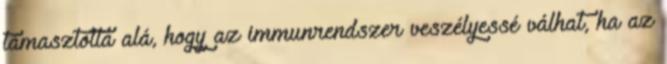
támasztotta alá, hogy az immunrendszer veszélyessé válhat, ha az